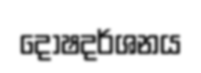
දෝෂදර්ශනය